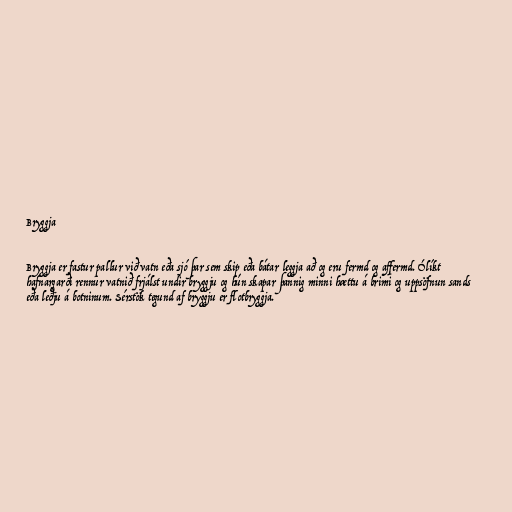
Bryggja

Bryggja er fastur pallur við vatn eða sjó þar sem skip eða bátar leggja að og eru fermd og affermd. Ólíkt
hafnargarði rennur vatnið frjálst undir bryggju og hún skapar þannig minni hættu á brimi og uppsöfnun sands
eða leðju á botninum. Sérstök tegund af bryggju er flotbryggja.